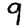
Digit: 9